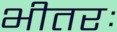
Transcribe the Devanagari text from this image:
भीतरः